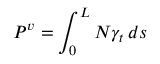
P ^ { v } = \int _ { 0 } ^ { L } N \gamma _ { t } \, d s